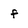
Character: f